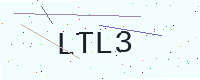
Text: LTL3